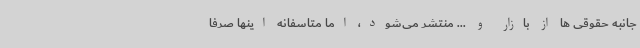
جانبه حقوقی ها از بازار و ... منتشر می‌شود، اما متاسفانه اینها صرفا